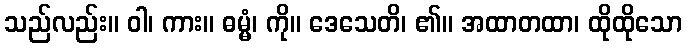
သည်လည်း။ ဝါ၊ ကား။ ဓမ္မံ၊ ကို။ ဒေသေတိ၊ ၏။ အထာတထာ၊ ထိုထိုသော